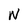
Character: N